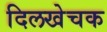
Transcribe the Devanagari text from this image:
दिलखेचक